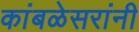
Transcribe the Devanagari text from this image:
कांबळेसरांनी